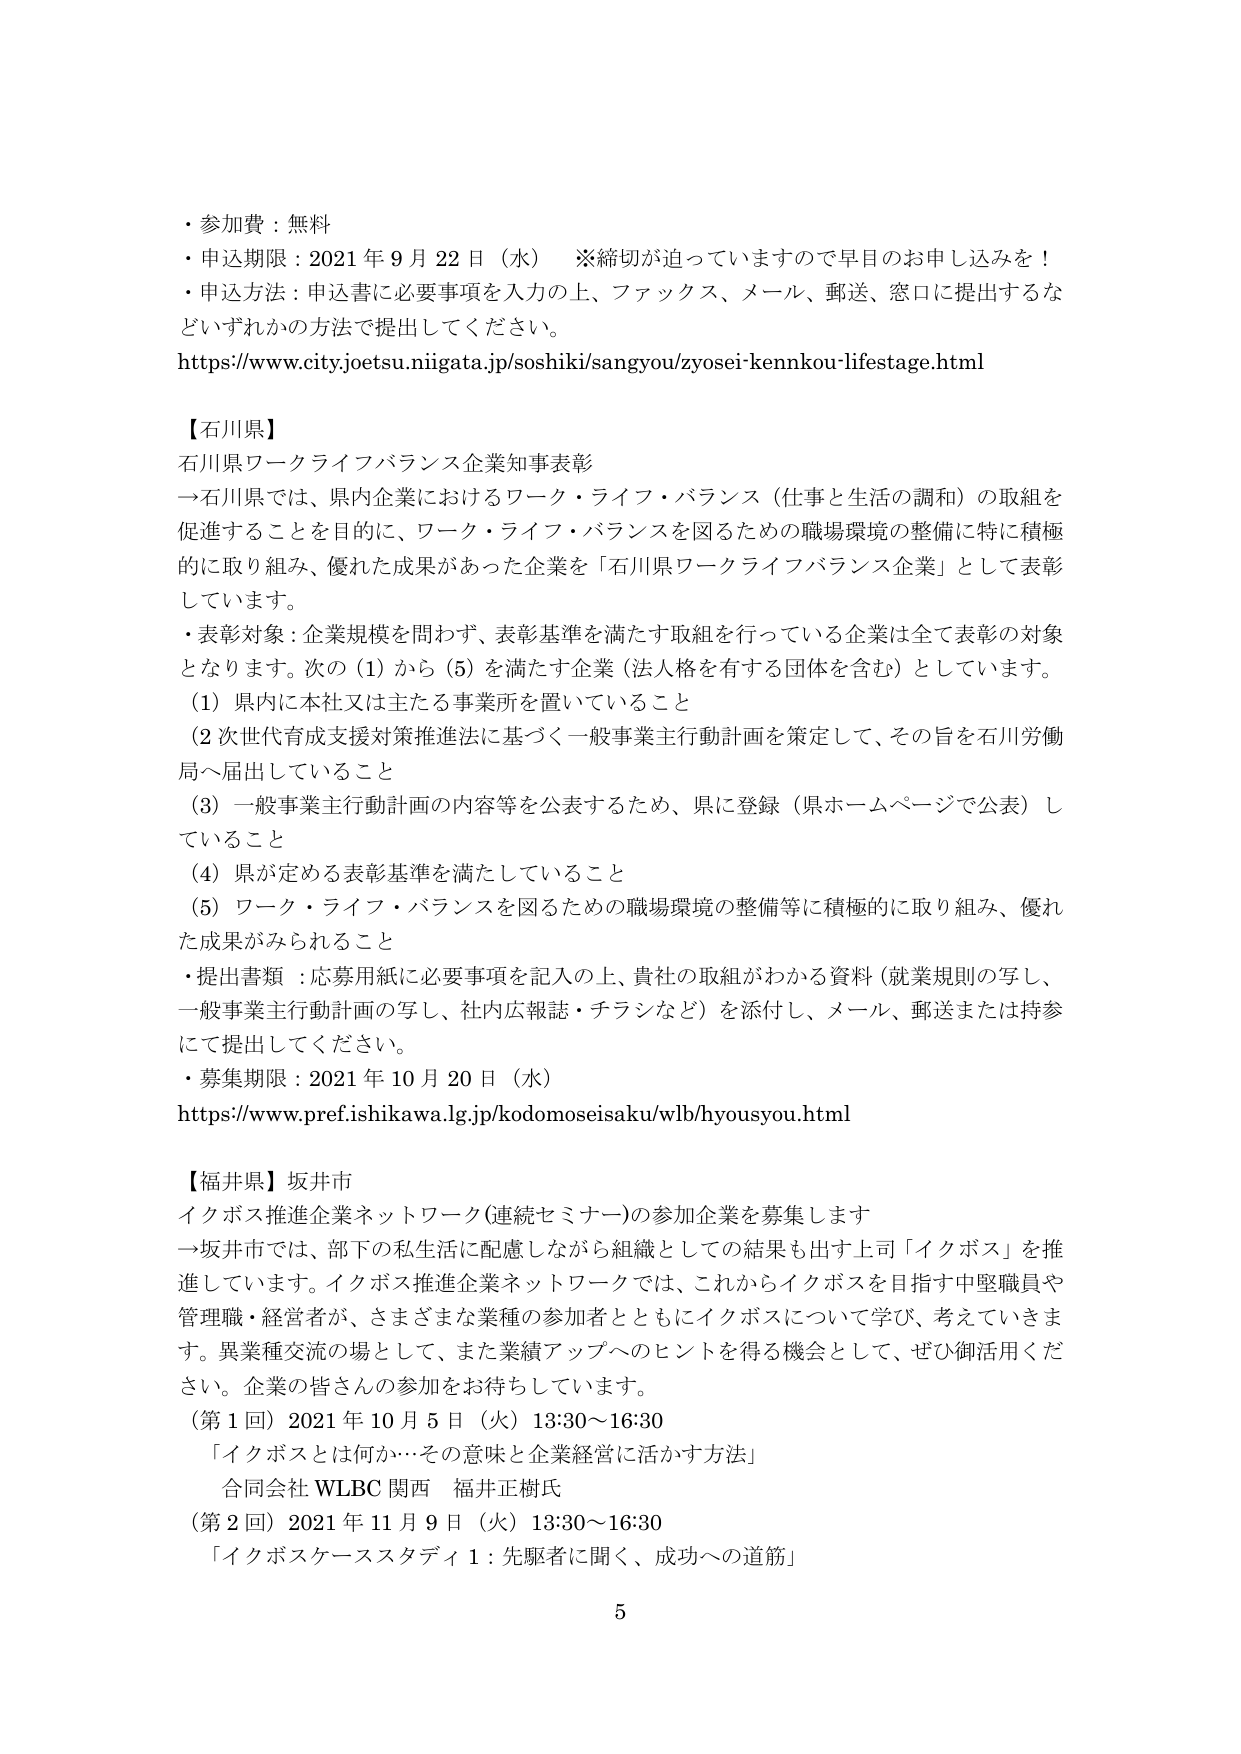
・参加費：無料
・申込期限：2021年9月22日（水）　※締切が迫っていますので早目のお申し込みを！
・申込方法：申込書に必要事項を入力の上、ファックス、メール、郵送、窓口に提出するなどいずれかの方法で提出してください。
https://www.city.joetsu.niigata.jp/soshiki/sangyou/zyosei-kennkou-lifestage.html

【石川県】
石川県ワークライフバランス企業知事表彰
→石川県では、県内企業におけるワーク・ライフ・バランス（仕事と生活の調和）の取組を促進することを目的に、ワーク・ライフ・バランスを図るための職場環境の整備に特に積極的に取り組み、優れた成果があった企業を「石川県ワークライフバランス企業」として表彰しています。
・表彰対象：企業規模を問わず、表彰基準を満たす取組を行っている企業は全て表彰の対象となります。次の（1）から（5）を満たす企業（法人格を有する団体を含む）としています。
（1）県内に本社又は主たる事業所を置いていること
（2）次世代育成支援対策推進法に基づく一般事業主行動計画を策定して、その旨を石川労働局へ届出していること
（3）一般事業主行動計画の内容等を公表するため、県に登録（県ホームページで公表）していること
（4）県が定める表彰基準を満たしていること
（5）ワーク・ライフ・バランスを図るための職場環境の整備等に積極的に取り組み、優れた成果がみられること
・提出書類：応募用紙に必要事項を記入の上、貴社の取組がわかる資料（就業規則の写し、一般事業主行動計画の写し、社内広報誌・チラシなど）を添付し、メール、郵送または持参にて提出してください。
・募集期限：2021年10月20日（水）
https://www.pref.ishikawa.lg.jp/kodomoseisaku/wlb/hyousoyou.html

【福井県】坂井市
イクボス推進企業ネットワーク（連続セミナー）の参加企業を募集します
→坂井市では、部下の私生活に配慮しながら組織としての結果も出す上司「イクボス」を推進しています。イクボス推進企業ネットワークでは、これからイクボスを目指す中堅職員や管理職・経営者が、さまざまな業種の参加者とともにイクボスについて学び、考えていきます。異業種交流の場として、また業績アップへのヒントを得る機会として、ぜひ御活用ください。企業の皆さんの参加をお待ちしています。
（第1回）2021年10月5日（火）13:30～16:30
「イクボスとは何か…その意味と企業経営に活かす方法」
合同会社 WLBC 関西　福井正樹氏
（第2回）2021年11月9日（火）13:30～16:30
「イクボスケーススタディ1：先駆者に聞く、成功への道筋」
5